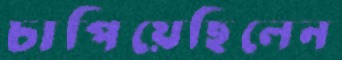
চাপিয়েছিলেন